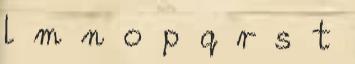
l m n o p q r s t